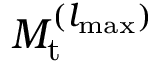
M _ { \mathrm { t } } ^ { ( { l _ { { \mathrm { m a x } } } } ) }